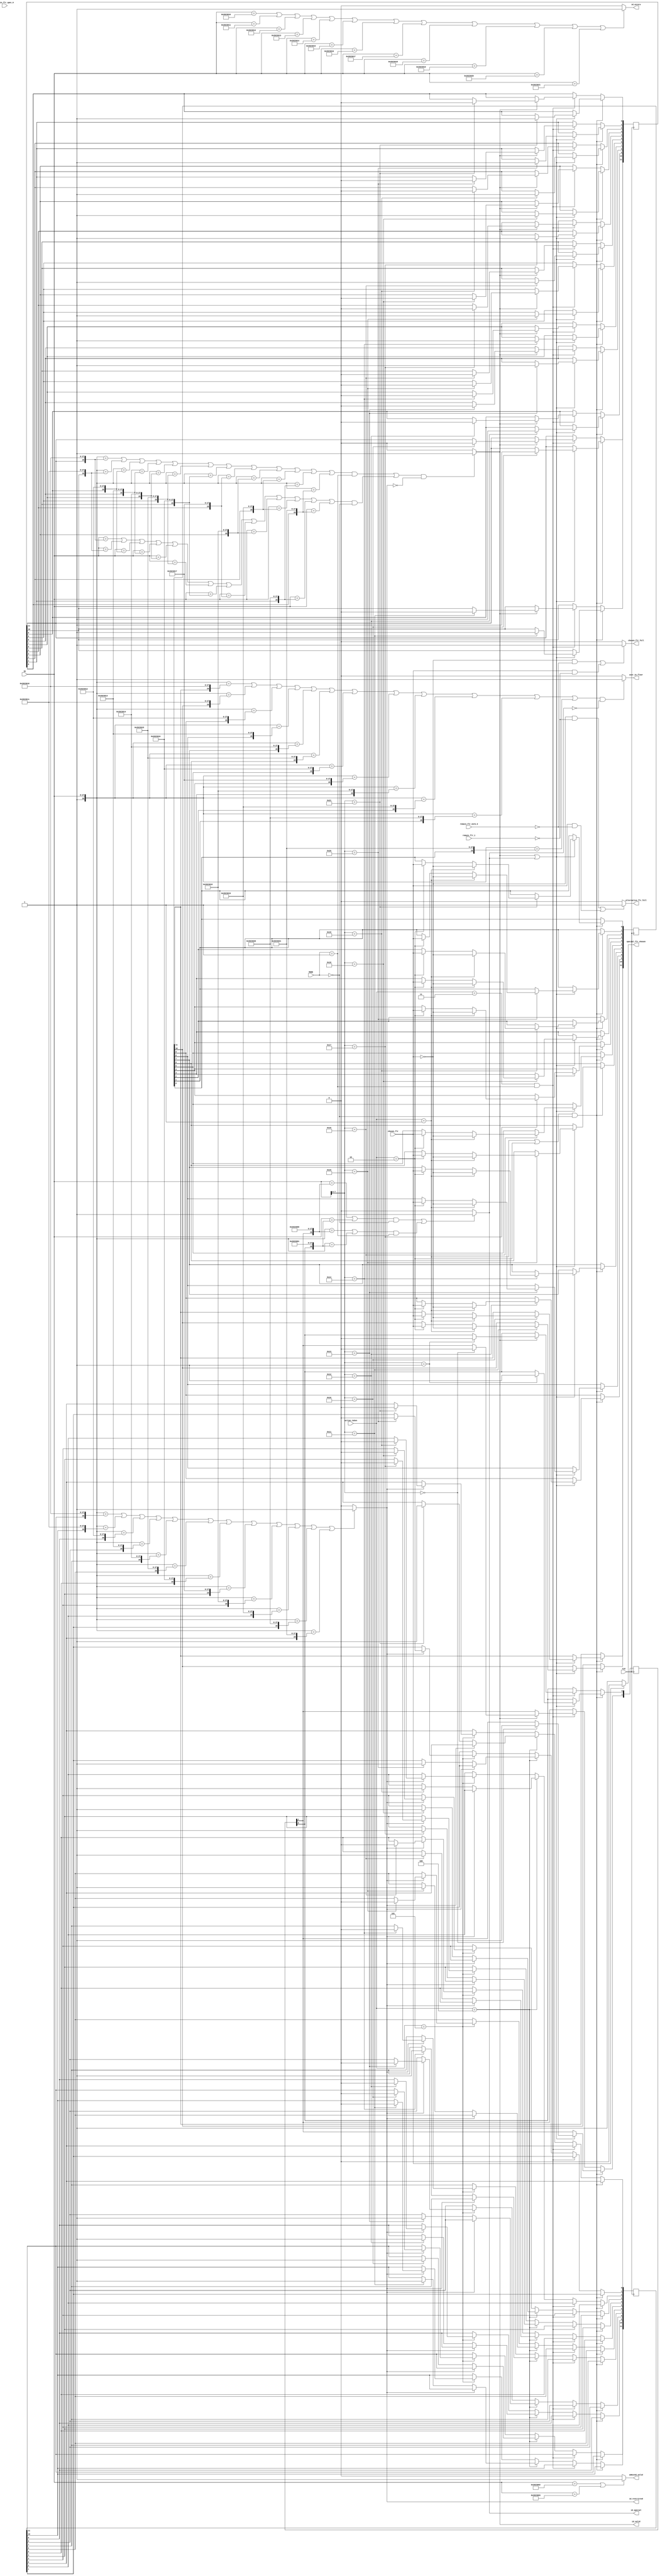
module floor_id_logic(
    input [27:0] ID,
    input chosen_flr, CLK, // MODE==> 0: Enter, 1: Exit 
    input [1:0] MODE, 
    input [2:0] action_taken, // action_taken==> 0: Nothing, 1: Go Alternative Floor, 2: Go Chosen Floor, 3: Exit, 4: Restrict, 5: Unrestrict
    input [2:0] remain_flr_spec_0, remain_flr_norm_0, remain_flr_1,
    output wire id_valid, id_special, special_flr_chosen, chosen_flr_full, alternative_flr_full,
    output wire adminId_valid, id_restricted, id_exists, user_in_floor
);

reg [95:0] users = {8'h10, 8'h11, 8'h12, 8'h13, 8'h14, 8'h15, 8'h16, 8'h17, 8'h18, 8'h19, 8'h20, 8'h21};
reg [11:0] users_status = 12'd0; // 0 outside, 1 inside
reg [11:0] users_restricted = 12'd0; // 0 no, 1 yes
reg [11:0] users_flr = 12'd0; // specifies which floor a user is at
reg [15:0] special_users = {8'h00, 8'h01}; 
reg [1:0] special_users_status = 2'd0; // 0 outside, 1 inside
reg [15:0] admin_users = {8'h02, 8'h03};

parameter ID_PREFIX = 20'h20230;

assign id_valid = (
(((
({1'b1, ID} == {users_status[11], ID_PREFIX, users[95:88]}) || ({1'b1, ID} == {users_status[10], ID_PREFIX, users[87:80]}) || ({1'b1, ID} == {users_status[9], ID_PREFIX, users[79:72]}) ||
({1'b1, ID} == {users_status[8], ID_PREFIX, users[71:64]}) || ({1'b1, ID} == {users_status[7], ID_PREFIX, users[63:56]}) || ({1'b1, ID} == {users_status[6], ID_PREFIX, users[55:48]}) ||
({1'b1, ID} == {users_status[5], ID_PREFIX, users[47:40]}) || ({1'b1, ID} == {users_status[4], ID_PREFIX, users[39:32]}) || ({1'b1, ID} == {users_status[3], ID_PREFIX, users[31:24]}) ||
({1'b1, ID} == {users_status[2], ID_PREFIX, users[23:16]}) || ({1'b1, ID} == {users_status[1], ID_PREFIX, users[15:8]})  || ({1'b1, ID} == {users_status[0], ID_PREFIX, users[7:0]}))
&& (MODE == 1) )
||
((
({1'b0, ID} == {users_status[11], ID_PREFIX, users[95:88]}) || ({1'b0, ID} == {users_status[10], ID_PREFIX, users[87:80]}) || ({1'b0, ID} == {users_status[9], ID_PREFIX, users[79:72]}) ||
({1'b0, ID} == {users_status[8], ID_PREFIX, users[71:64]}) || ({1'b0, ID} == {users_status[7], ID_PREFIX, users[63:56]}) || ({1'b0, ID} == {users_status[6], ID_PREFIX, users[55:48]}) ||
({1'b0, ID} == {users_status[5], ID_PREFIX, users[47:40]}) || ({1'b0, ID} == {users_status[4], ID_PREFIX, users[39:32]}) || ({1'b0, ID} == {users_status[3], ID_PREFIX, users[31:24]}) ||
({1'b0, ID} == {users_status[2], ID_PREFIX, users[23:16]}) || ({1'b0, ID} == {users_status[1], ID_PREFIX, users[15:8]})  || ({1'b0, ID} == {users_status[0], ID_PREFIX, users[7:0]}))
&& (!MODE) ))
&& !id_restricted) ? 1 : 0;


assign id_exists = (
(ID == {ID_PREFIX, users[95:88]}) || (ID == {ID_PREFIX, users[87:80]}) || (ID == {ID_PREFIX, users[79:72]}) ||
(ID == {ID_PREFIX, users[71:64]}) || (ID == {ID_PREFIX, users[63:56]}) || (ID == {ID_PREFIX, users[55:48]}) ||
(ID == {ID_PREFIX, users[47:40]}) || (ID == {ID_PREFIX, users[39:32]}) || (ID == {ID_PREFIX, users[31:24]}) ||
(ID == {ID_PREFIX, users[23:16]}) || (ID == {ID_PREFIX, users[15:8]})  || (ID == {ID_PREFIX, users[7:0]}))
? 1 : 0;

assign id_restricted = ((
({1'b1, ID} == {users_restricted[11], ID_PREFIX, users[95:88]}) || ({1'b1, ID} == {users_restricted[10], ID_PREFIX, users[87:80]}) || ({1'b1, ID} == {users_restricted[9], ID_PREFIX, users[79:72]}) ||
({1'b1, ID} == {users_restricted[8], ID_PREFIX, users[71:64]}) || ({1'b1, ID} == {users_restricted[7], ID_PREFIX, users[63:56]}) || ({1'b1, ID} == {users_restricted[6], ID_PREFIX, users[55:48]}) ||
({1'b1, ID} == {users_restricted[5], ID_PREFIX, users[47:40]}) || ({1'b1, ID} == {users_restricted[4], ID_PREFIX, users[39:32]}) || ({1'b1, ID} == {users_restricted[3], ID_PREFIX, users[31:24]}) ||
({1'b1, ID} == {users_restricted[2], ID_PREFIX, users[23:16]}) || ({1'b1, ID} == {users_restricted[1], ID_PREFIX, users[15:8]})  || ({1'b1, ID} == {users_restricted[0], ID_PREFIX, users[7:0]}))
) ? 1 : 0;

assign id_special = (((({1'b0, ID} == {special_users_status[1], ID_PREFIX, special_users[15:8]})  || ({1'b0, ID} == {special_users_status[0], ID_PREFIX, special_users[7:0]}))
&& (!MODE)) ||
((({1'b1, ID} == {special_users_status[1], ID_PREFIX, special_users[15:8]})  || ({1'b1, ID} == {special_users_status[0], ID_PREFIX, special_users[7:0]}))
&& (MODE == 1)))
? 1 : 0;

assign adminId_valid = ((ID == {ID_PREFIX, admin_users[15:8]}) || (ID == {ID_PREFIX, admin_users[7:0]})) ? 1 : 0;

assign special_flr_chosen = (chosen_flr == 0) ? 1 : 0;

assign chosen_flr_full = (((!chosen_flr) && (remain_flr_norm_0 == 0)) || ((chosen_flr) && (remain_flr_1 == 0))) ? 1 : 0;
assign alternative_flr_full = (((!chosen_flr) && (remain_flr_1 == 0)) || ((chosen_flr) && (remain_flr_norm_0 == 0))) ? 1 : 0;

assign user_in_floor = ((
({1'b1, ID} == {users_flr[11], ID_PREFIX, users[95:88]}) || ({1'b1, ID} == {users_flr[10], ID_PREFIX, users[87:80]}) || ({1'b1, ID} == {users_flr[9], ID_PREFIX, users[79:72]}) ||
({1'b1, ID} == {users_flr[8], ID_PREFIX, users[71:64]}) || ({1'b1, ID} == {users_flr[7], ID_PREFIX, users[63:56]}) || ({1'b1, ID} == {users_flr[6], ID_PREFIX, users[55:48]}) ||
({1'b1, ID} == {users_flr[5], ID_PREFIX, users[47:40]}) || ({1'b1, ID} == {users_flr[4], ID_PREFIX, users[39:32]}) || ({1'b1, ID} == {users_flr[3], ID_PREFIX, users[31:24]}) ||
({1'b1, ID} == {users_flr[2], ID_PREFIX, users[23:16]}) || ({1'b1, ID} == {users_flr[1], ID_PREFIX, users[15:8]})  || ({1'b1, ID} == {users_flr[0], ID_PREFIX, users[7:0]}))
&& !id_special)
? 1 : 0;

wire [7:0] id_postfix;

assign id_postfix = ID[7:0];

always @ (posedge CLK) begin
    if ((action_taken == 1 || action_taken == 2) && !MODE) begin // Enter Mode
        if ((id_valid || id_special)) begin
            case(id_postfix)
            8'h00: begin
                special_users_status[1] <= 1;
            end 
            8'h01: begin
                special_users_status[0] <= 1;
            end 
            8'h10: begin
                users_status[11] <= 1;
                if (action_taken == 1) users_flr[11] <= !chosen_flr;
                else if (action_taken == 2) users_flr[11] <= chosen_flr; 
            end 
            8'h11: begin
                users_status[10] <= 1;
                if (action_taken == 1) users_flr[10] <= !chosen_flr;
                else if (action_taken == 2) users_flr[10] <= chosen_flr; 
            end
            8'h12: begin
                users_status[9] <= 1;
                if (action_taken == 1) users_flr[9] <= !chosen_flr;
                else if (action_taken == 2) users_flr[9] <= chosen_flr; 
            end
            8'h13: begin
                users_status[8] <= 1;
                if (action_taken == 1) users_flr[8] <= !chosen_flr;
                else if (action_taken == 2) users_flr[8] <= chosen_flr; 
            end
            8'h14: begin
                users_status[7] <= 1;
                if (action_taken == 1) users_flr[7] <= !chosen_flr;
                else if (action_taken == 2) users_flr[7] <= chosen_flr; 
            end
            8'h15: begin
                users_status[6] <= 1;
                if (action_taken == 1) users_flr[6] <= !chosen_flr;
                else if (action_taken == 2) users_flr[6] <= chosen_flr; 
            end
            8'h16: begin
                users_status[5] <= 1;
                if (action_taken == 1) users_flr[5] <= !chosen_flr;
                else if (action_taken == 2) users_flr[5] <= chosen_flr; 
            end
            8'h17: begin
                users_status[4] <= 1;
                if (action_taken == 1) users_flr[4] <= !chosen_flr;
                else if (action_taken == 2) users_flr[4] <= chosen_flr; 
            end
            8'h18: begin
                users_status[3] <= 1;
                if (action_taken == 1) users_flr[3] <= !chosen_flr;
                else if (action_taken == 2) users_flr[3] <= chosen_flr; 
            end
            8'h19: begin
                users_status[2] <= 1;
                if (action_taken == 1) users_flr[2] <= !chosen_flr;
                else if (action_taken == 2) users_flr[2] <= chosen_flr; 
            end
            8'h20: begin
                users_status[1] <= 1;
                if (action_taken == 1) users_flr[1] <= !chosen_flr;
                else if (action_taken == 2) users_flr[1] <= chosen_flr; 
            end
            8'h21: begin
                users_status[0] <= 1;
                if (action_taken == 1) users_flr[0] <= !chosen_flr;
                else if (action_taken == 2) users_flr[0] <= chosen_flr; 
            end
            default: begin
                
            end
            endcase
            // if (action_taken == 1) begin //Alt
            //     case(chosen_flr)
            //     0: begin
            //         remain_flr_1 <= remain_flr_1 - 1;
            //     end
            //     1: begin
            //         remain_flr_norm_0 <= remain_flr_norm_0 - 1;
            //     end
            //     endcase
            // end else if (action_taken == 2) begin //Chosn
            //     case(chosen_flr)
            //     0: begin
            //         remain_flr_norm_0 <= remain_flr_norm_0 - 1;
            //     end
            //     1: begin
            //         remain_flr_1 <= remain_flr_1 - 1;
            //     end
            //     endcase
            // end
            // if (id_special) begin
            //     remain_flr_spec_0 <= remain_flr_spec_0 - 1;
            // end
        end
    end else if (action_taken == 3 && MODE == 1) begin // Exit Mode
        if (id_valid) begin
            case(id_postfix)
            8'h00: begin
                special_users_status[1] <= 0;
            end 
            8'h01: begin
                special_users_status[0] <= 0;
            end 
            8'h10: begin
                users_status[11] <= 0;
            end 
            8'h11: begin
                users_status[10] <= 0;
            end
            8'h12: begin
                users_status[9] <= 0;
            end
            8'h13: begin
                users_status[8] <= 0;
            end
            8'h14: begin
                users_status[7] <= 0;
            end
            8'h15: begin
                users_status[6] <= 0;
            end
            8'h16: begin
                users_status[5] <= 0;
            end
            8'h17: begin
                users_status[4] <= 0;
            end
            8'h18: begin
                users_status[3] <= 0;
            end
            8'h19: begin
                users_status[2] <= 0;
            end
            8'h20: begin
                users_status[1] <= 0;
            end
            8'h21: begin
                users_status[0] <= 0;
            end
            default: begin
            end
            endcase
        end
    end else if (action_taken == 4) begin // Restrict Mode
        if (!id_restricted) begin
            case(id_postfix)
            8'h10: begin
                users_restricted[11] <= 1;
            end
            8'h11: begin
                users_restricted[10] <= 1;
            end
            8'h12: begin
                users_restricted[9] <= 1;
            end
            8'h13: begin
                users_restricted[8] <= 1;
            end
            8'h14: begin
                users_restricted[7] <= 1;
            end
            8'h15: begin
                users_restricted[6] <= 1;
            end
            8'h16: begin
                users_restricted[5] <= 1;
            end
            8'h17: begin
                users_restricted[4] <= 1;
            end
            8'h18: begin
                users_restricted[3] <= 1;
            end
            8'h19: begin
                users_restricted[2] <= 1;
            end
            8'h20: begin
                users_restricted[1] <= 1;
            end
            8'h21: begin
                users_restricted[0] <= 1;
            end
            endcase
        end
    end else if (action_taken == 5) begin // Unrestrict Mode
        if (id_restricted) begin
            case(id_postfix)
            8'h10: begin
                users_restricted[11] <= 0;
            end
            8'h11: begin
                users_restricted[10] <= 0;
            end
            8'h12: begin
                users_restricted[9] <= 0;
            end
            8'h13: begin
                users_restricted[8] <= 0;
            end
            8'h14: begin
                users_restricted[7] <= 0;
            end
            8'h15: begin
                users_restricted[6] <= 0;
            end
            8'h16: begin
                users_restricted[5] <= 0;
            end
            8'h17: begin
                users_restricted[4] <= 0;
            end
            8'h18: begin
                users_restricted[3] <= 0;
            end
            8'h19: begin
                users_restricted[2] <= 0;
            end
            8'h20: begin
                users_restricted[1] <= 0;
            end
            8'h21: begin
                users_restricted[0] <= 0;
            end
            endcase
        end
    end
end



endmodule